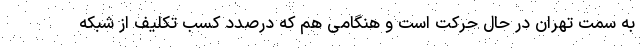
به سمت تهران در حال حرکت است و هنگامی هم که درصدد کسب تکلیف از شبکه